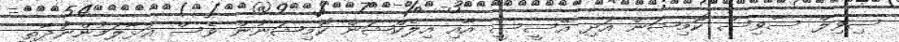
ސިވިލް ސާވިސް ކޮމިޝަން އަދި އޭސީސީ އާއި އިލެކްޝަން ކޮމިޝަނުން ވެސް އަޅާލަމުންނުދާތީ